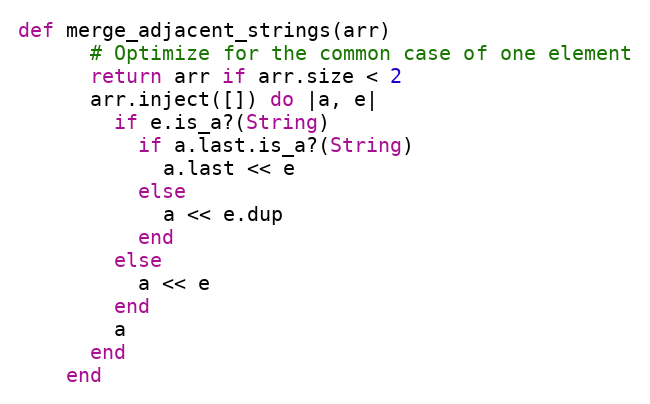
Language: Ruby
def merge_adjacent_strings(arr)
      # Optimize for the common case of one element
      return arr if arr.size < 2
      arr.inject([]) do |a, e|
        if e.is_a?(String)
          if a.last.is_a?(String)
            a.last << e
          else
            a << e.dup
          end
        else
          a << e
        end
        a
      end
    end